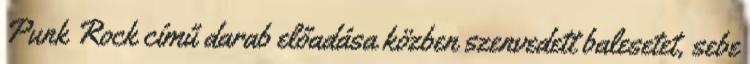
Punk Rock című darab előadása közben szenvedett balesetet, sebe